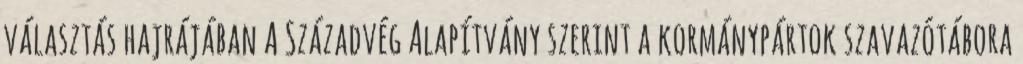
választás hajrájában A Századvég Alapítvány szerint a kormánypártok szavazótábora